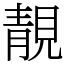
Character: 靚